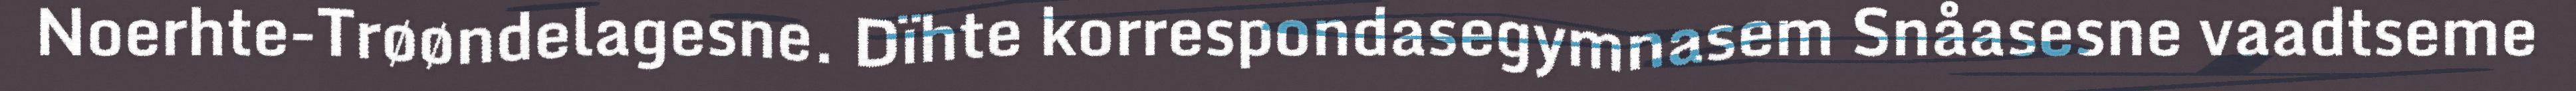
Noerhte-Trøøndelagesne. Dïhte korrespondasegymnasem Snåasesne vaadtseme